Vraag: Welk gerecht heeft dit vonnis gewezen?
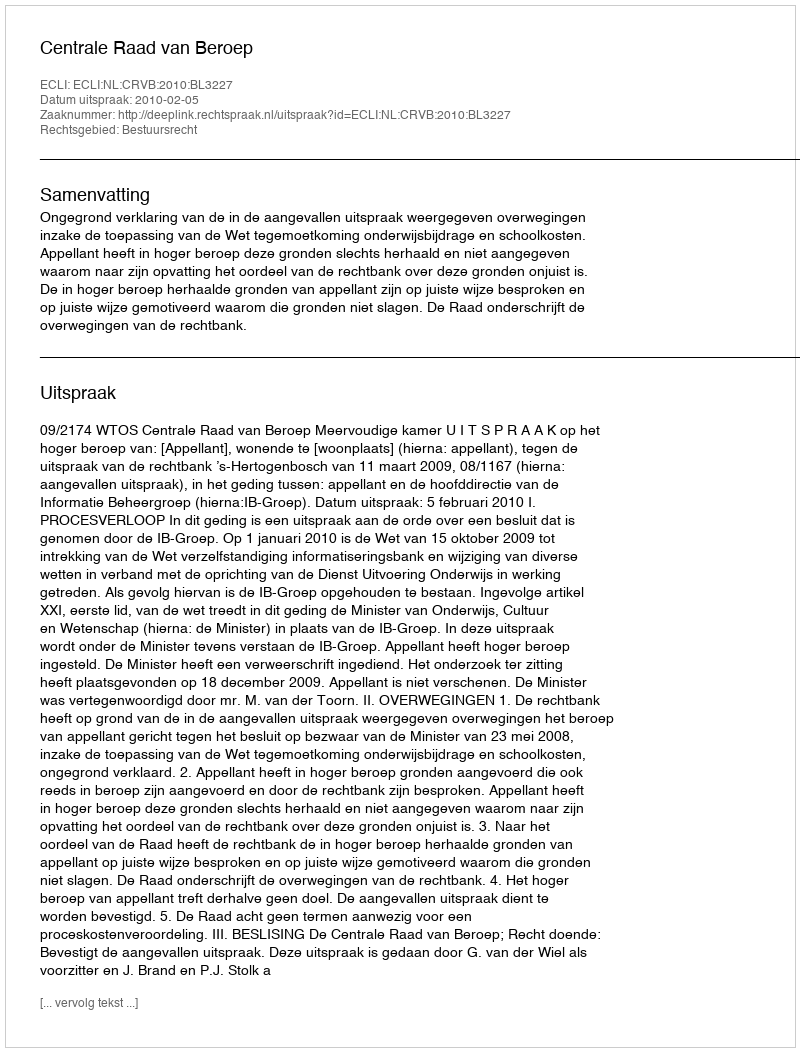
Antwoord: Centrale Raad van Beroep